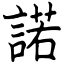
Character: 諾